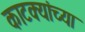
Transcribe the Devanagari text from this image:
काटक्यांच्या